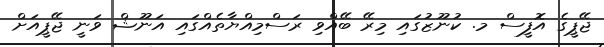
ޖޭޕީގެ އޮފީސް މ. ކުނޫޒުގައި މިރޭ ބޭއްވި ރަސްމިއްޔާތެއްގައި އަނޫޝް ވަނީ ޖޭޕީއަށް